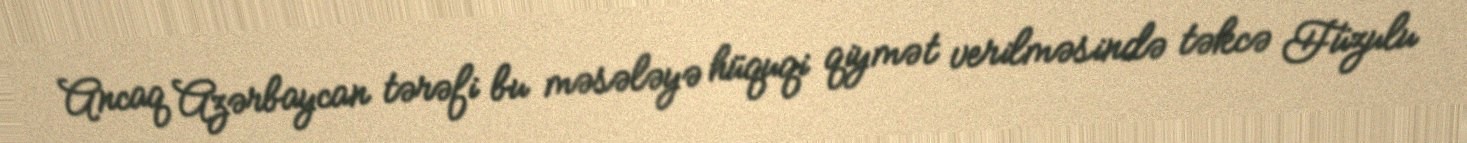
Ancaq Azərbaycan tərəfi bu məsələyə hüquqi qiymət verilməsində təkcə Füzulu